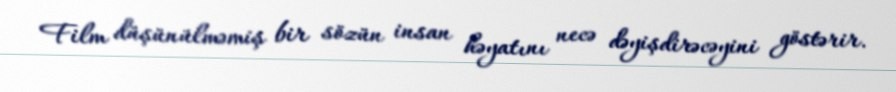
Film düşünülməmiş bir sözün insan həyatını necə dəyişdirəcəyini göstərir.